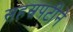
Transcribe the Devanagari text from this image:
सहस्रपटीने